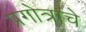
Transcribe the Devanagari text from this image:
प्रगोत्राचे